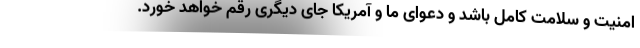
امنیت و سلامت کامل باشد و دعوای ما و آمریکا جای دیگری رقم خواهد خورد.